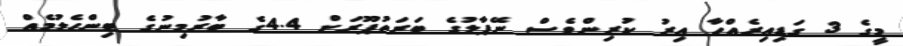
މީގެ 3 ގަޑިއިރެއްހާ އިރު ކުރިންވެސް ނޭޕާލުގެ ބަރަތުޕޫރަށް 4.4ގެ ބާރުމިނުގެ ބިންހެލުމެއް